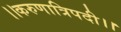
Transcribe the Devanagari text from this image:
।।करुणात्रिपदी।।